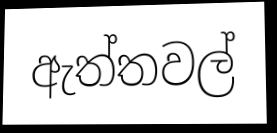
ඇත්තවල්